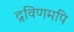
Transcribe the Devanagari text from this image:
द्रविणमपि